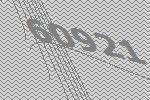
60921